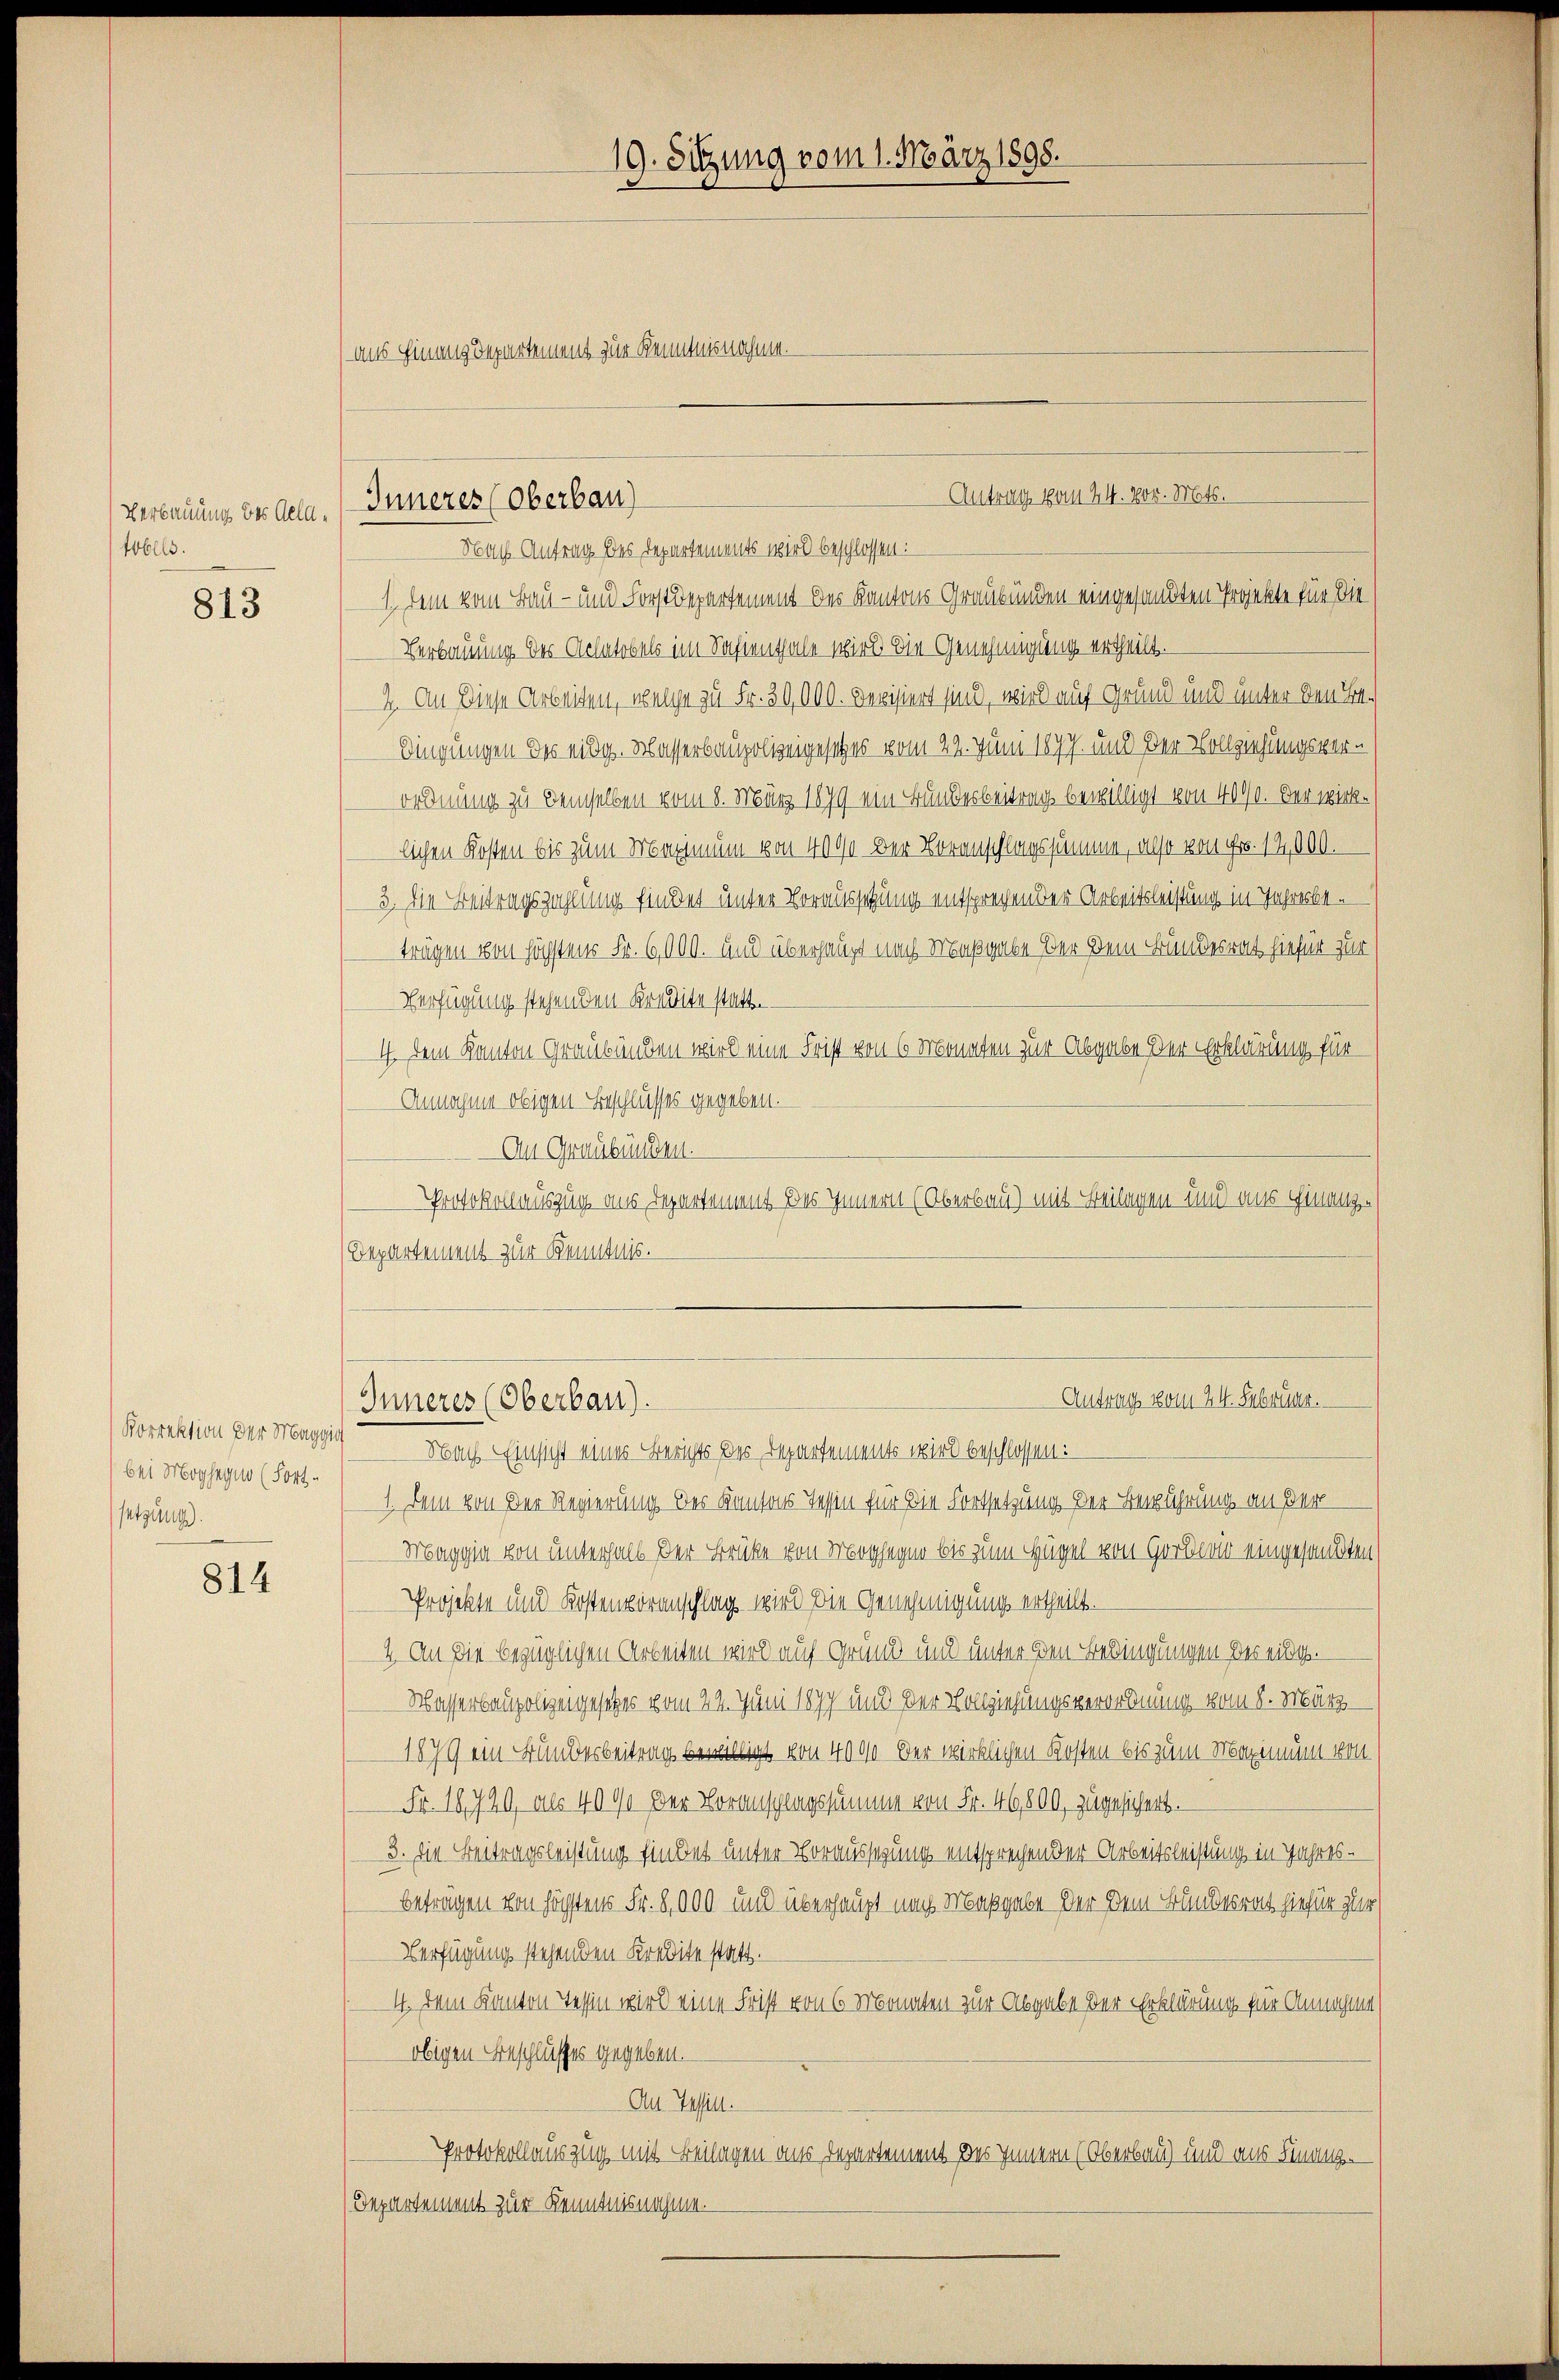
Verbauung des Gelatobels.

813

Korrektion der Maggis
bei Mogsegno (Fort-
setzung).

814

aus Hinanz Departement zur Kenntnisnahme.

Inneres (Oberbau

Nach Antrag des Departements wird beschlossen:
1, dem vom Bau- und Forstdepartement des Kantons Graubünden eingesandten Projekte für die
Verbauung der Achatobels im Safienthale wird die Genehmigung ertheilt.
2. An diese Arbeiten, welche zu Fr. 30,000. Devisiert sind, wird auf Grund und unter den Bedingungen des eidg. Wasserbaupolizeigesetzes vom 22. Juni 1877. und der Vollziehungsverordnung zu demselben vom 8. März 1879 ein Bundesbeitrag bewilligt von 4000. Der wirklichen Kosten bis zum Maximum von 4000 der Voranschlagssumme, also von Fr. 12,000.
3. Die Beitragszahlung findet unter Voraussetzung entsprechen der Arbeitsleistung in Jahresbeträgen von höchstens Fr. 6000. und überhaupt nach Maßgabe der Dein Bundesrat hiefür zur
Verfügung stehenden Kredite statt.-
4. Dem Kanton Graubünden wird eine Frist von 6 Monaten zur Abgabe der Erklärung für
Annahme obigen Beschlusses gegeben.
An Graubünden.
Protokollauszug aus Departement des Innern (Oberbau) mit Beilagen und aus Finanz¬
Departement zur Kenntnis.
Antrag vom 24. Februar.
Inneres (Oberbau).
Nach Einsicht eines Berichts des Departements wird beschlossen:
1. Dem von der Regierung des Kantons Tessin für die Fortsetzung der Bewuhrung an Ber
Maggia von unterhalb der Brücke von Morgen bis zum Hügel von Gar eingesandten
Projekte und Kostenvoranschlag wird die Genehmigung ertheilt.
4. An die bezüglichen Arbeiten wird auf Grund und unter den Bedingungen des eidg.
Wasserbaupolizengesetzes vom 22. Juni 1877 und der Vollziehungsverordnung vom 8. März
1879 ein runderbeitrag bewilligt von 4000. Der wirklichen Kosten bis zum Maximum von
Fr. 18720, als 4000 der Voranschlagssumme von Fr. 46,800, zugesichert.
3. Die Beitragsleistung findet unter Voraussagung entsprechender Arbeitsleistung in Jahres-
beträgen von höchstens Fr. 8,000 und überhaupt nach Maßgabe der Dem Bundesrat hiefür zur
Verfügung stehenden Kredite statt.
4. Dem Kanton Tessin wird eine Frist von 6 Monaten zur Abgabe der Erklärung für Annahme
obigen Beschlusses gegeben.
An Tessin.
Protokollauszug mit Beilagen aus Departement des Innern (Oberbau) und aus Finanz-
Departement zur Kenntnisnahme.

19. Sitzung vom 1. März 1898.

Antrag vom 24. vor. Mts.